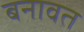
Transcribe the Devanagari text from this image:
बनावत